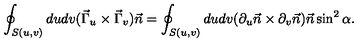
\oint _ { S ( u , v ) } d u d v ( \vec { \Gamma } _ { u } \times \vec { \Gamma } _ { v } ) \vec { n } = \oint _ { S ( u , v ) } d u d v ( \partial _ { u } \vec { n } \times \partial _ { v } \vec { n } ) \vec { n } \sin ^ { 2 } \alpha .